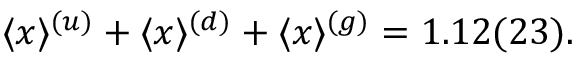
\langle x \rangle ^ { ( u ) } + \langle x \rangle ^ { ( d ) } + \langle x \rangle ^ { ( g ) } = 1 . 1 2 ( 2 3 ) .